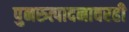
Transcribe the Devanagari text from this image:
पुनरुत्पादनावरही